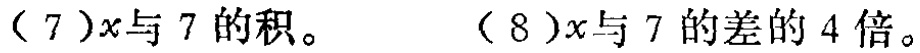
(7) \(x\)与\(7\)的积：\(7x\)；(8) \(x\)与\(7\)的差的\(4\)倍：\(4(x - 7)\)